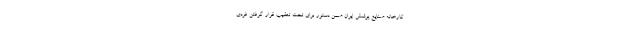
کارخانه صنایع پوشش ایران ضمن دستور برای تحت تعقیب قرار گرفتن فردی